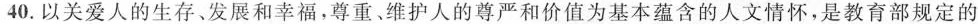
40.以关爱人的生存、发展和幸福，尊重、维护人的尊严和价值为基本蕴含的人文情怀，是教育部规定的